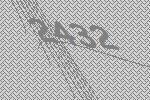
2432